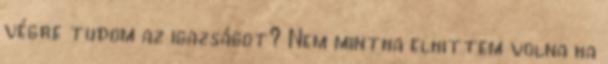
végre tudom az igazságot? Nem mintha elhittem volna ha